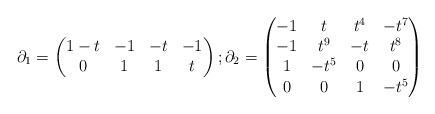
LaTeX: \begin{align*}\partial_1 = \begin{pmatrix} 1-t & -1 & -t & -1 \cr 0 & 1&1&t \end{pmatrix};\partial_2 = \begin{pmatrix}-1&t&t^4&-t^7 \cr -1&t^9&-t&t^8 \cr1&-t^5 & 0&0 \cr 0&0&1&-t^5 \end{pmatrix}\end{align*}